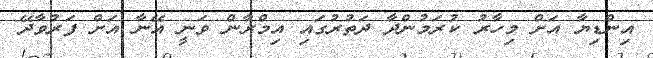
އިންޑިޔާ އަށް މިހާރު ކުރަމުންދާ ދަތުރުގައި އިމްރާން ވަނީ އޭނާ އަށް ފަރުވާދޭ